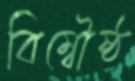
বিম্বৌষ্ঠ